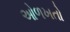
ઓળખતો